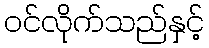
ဝင်လိုက်သည်နှင့်